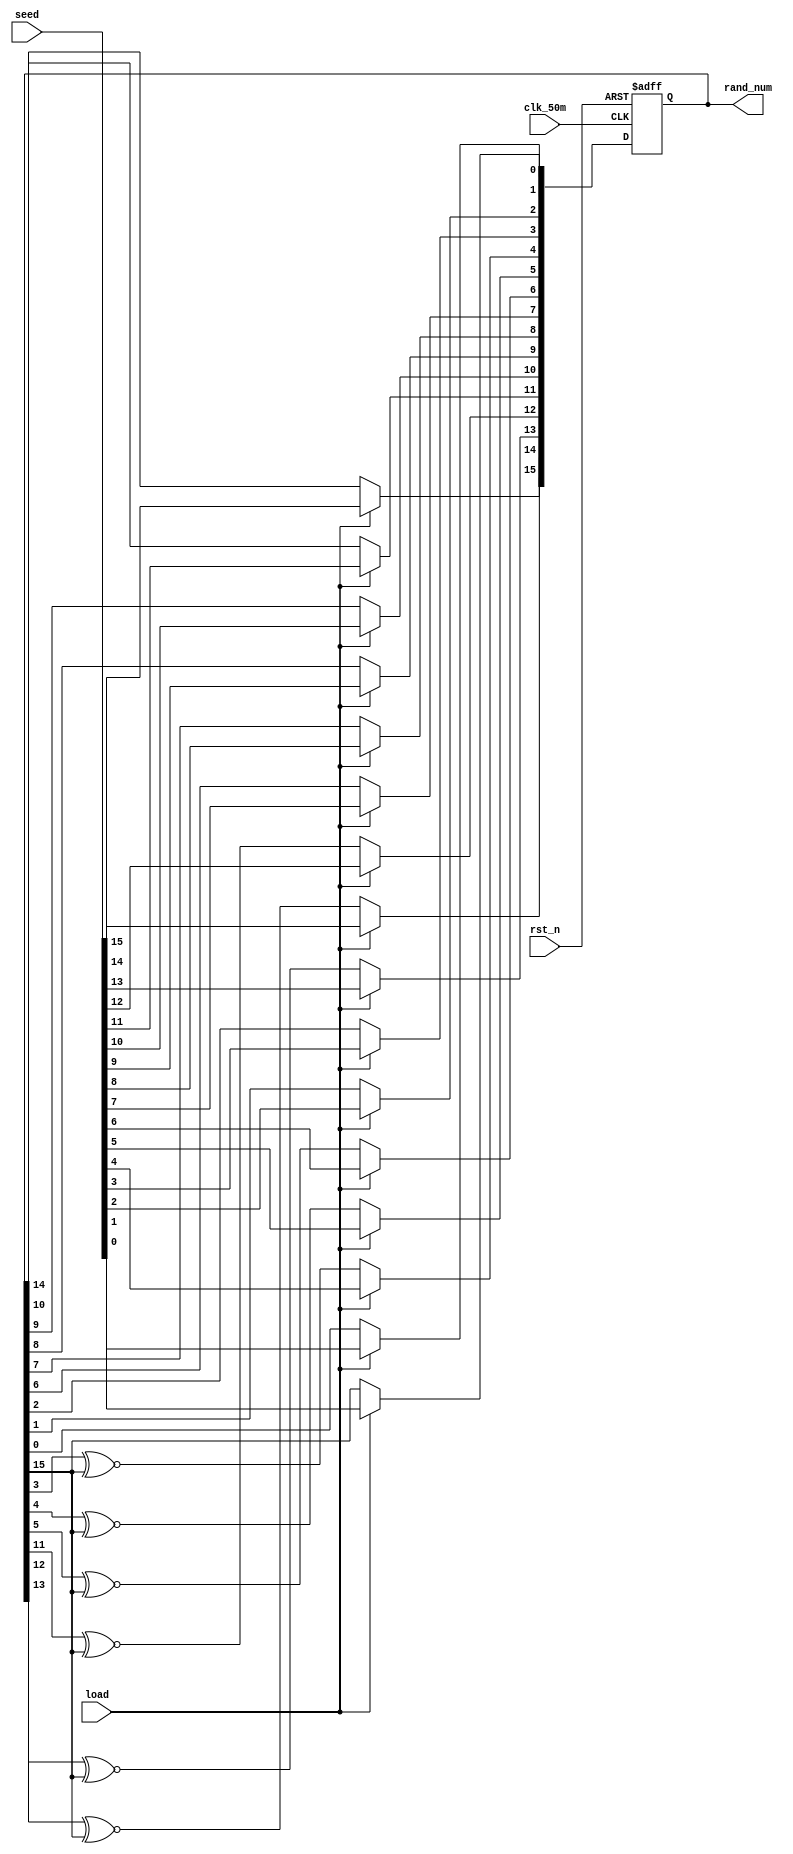
module random(
					input             clk_50m,  	//50MHz
					input             rst_n,    	//
					input             load,  		//seed
					input      [15:0]	seed,     	//
					output reg [15:0]	rand_num  	//16
);


//g0g1g2g3g4g5g6g7g8g9g10g11g12g13g14g15g16=101110000_001110001

always@(posedge clk_50m or negedge rst_n)
begin
    if(!rst_n)
        rand_num    <=16'b0;
		  
    else if(load)
        rand_num <=seed;   
    else
        begin
            rand_num[0] <= rand_num[15];
            rand_num[1] <= rand_num[0];
            rand_num[2] <= rand_num[1];
            rand_num[3] <= rand_num[2];
            rand_num[4] <= rand_num[3] ^~rand_num[15];
            rand_num[5] <= rand_num[4] ^~rand_num[15];
            rand_num[6] <= rand_num[5] ^~rand_num[15];
            rand_num[7] <= rand_num[6];
				rand_num[8] <= rand_num[7];
				rand_num[9] <= rand_num[8];
				rand_num[10]<= rand_num[9];
				rand_num[11]<= rand_num[10];
				rand_num[12]<= rand_num[11]^~rand_num[15];
				rand_num[13]<= rand_num[12]^~rand_num[15];
				rand_num[14]<= rand_num[13]^~rand_num[15];
				rand_num[15]<= rand_num[14];
        end
            
end
endmodule